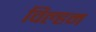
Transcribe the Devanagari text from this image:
विल्‍हम